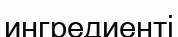
ингредиенті